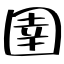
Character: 圉